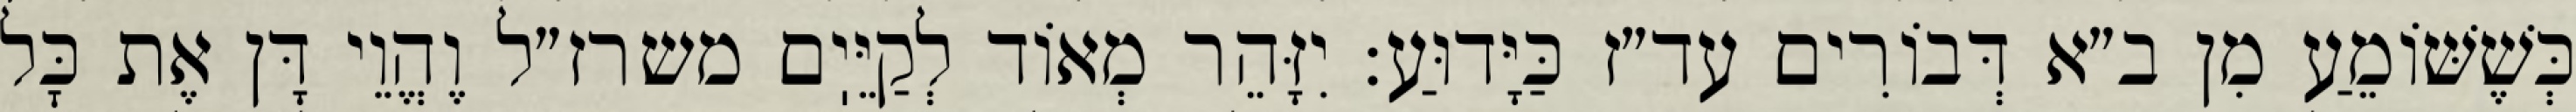
כְּשֶׁשּׁוֹמֵעַ מִן ב״א דְּבוֹרִים עד״ז כַּיָּדוּעַ: יִזָּהֵר מְאוֹד לְקַיֵּיֽם משרז״ל וֶהֱוֵי דָּן אֶת כׇּל